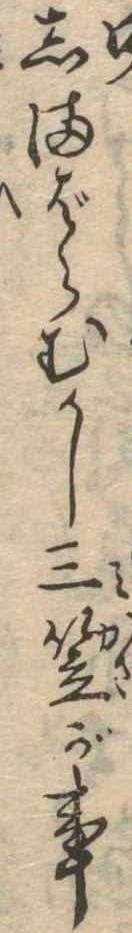
しまばらむかし三笠が事